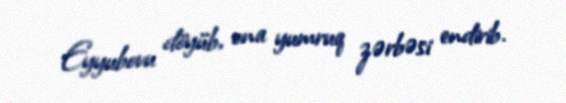
Eyyubovu döyüb, ona yumruq zərbəsi endirib.